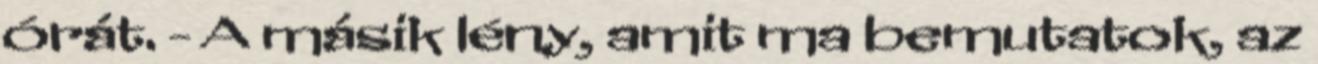
órát. - A másik lény, amit ma bemutatok, az